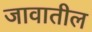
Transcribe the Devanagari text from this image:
जावातील